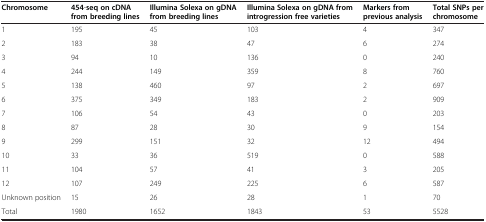
<table><thead><tr><td><b>Chromosome</b></td><td><b>454-seq on cDNA from breeding lines</b></td><td><b>Illumina Solexa on gDNA from breeding lines</b></td><td><b>Illumina Solexa on gDNA from introgression free varieties</b></td><td><b>Markers from previous analysis</b></td><td><b>Total SNPs per chromosome</b></td></tr></thead><tbody><tr><td>1</td><td>195</td><td>45</td><td>103</td><td>4</td><td>347</td></tr><tr><td>2</td><td>183</td><td>38</td><td>47</td><td>6</td><td>274</td></tr><tr><td>3</td><td>94</td><td>10</td><td>136</td><td>0</td><td>240</td></tr><tr><td>4</td><td>244</td><td>149</td><td>359</td><td>8</td><td>760</td></tr><tr><td>5</td><td>138</td><td>460</td><td>97</td><td>2</td><td>697</td></tr><tr><td>6</td><td>375</td><td>349</td><td>183</td><td>2</td><td>909</td></tr><tr><td>7</td><td>106</td><td>54</td><td>43</td><td>0</td><td>203</td></tr><tr><td>8</td><td>87</td><td>28</td><td>30</td><td>9</td><td>154</td></tr><tr><td>9</td><td>299</td><td>151</td><td>32</td><td>12</td><td>494</td></tr><tr><td>10</td><td>33</td><td>36</td><td>519</td><td>0</td><td>588</td></tr><tr><td>11</td><td>104</td><td>57</td><td>41</td><td>3</td><td>205</td></tr><tr><td>12</td><td>107</td><td>249</td><td>225</td><td>6</td><td>587</td></tr><tr><td>Unknown position</td><td>15</td><td>26</td><td>28</td><td>1</td><td>70</td></tr><tr><td>Total</td><td>1980</td><td>1652</td><td>1843</td><td>53</td><td>5528</td></tr></tbody></table>